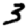
Digit: 3